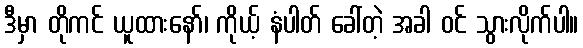
ဒီမှာ တိုကင် ယူထားနော်၊ ကိုယ့် နံပါတ် ခေါ်တဲ့ အခါ ဝင် သွားလိုက်ပါ။